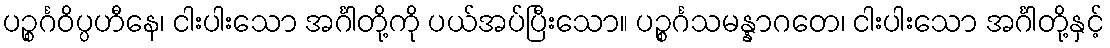
ပဉ္စင်္ဂဝိပ္ပဟီနေ၊ ငါးပါးသော အင်္ဂါတို့ကို ပယ်အပ်ပြီးသော။ ပဉ္စင်္ဂသမန္နာဂတေ၊ ငါးပါးသော အင်္ဂါတို့နှင့်